Civil Veterinary Department Bihar reports 1936-40 - 1936-1940
Year: 1936
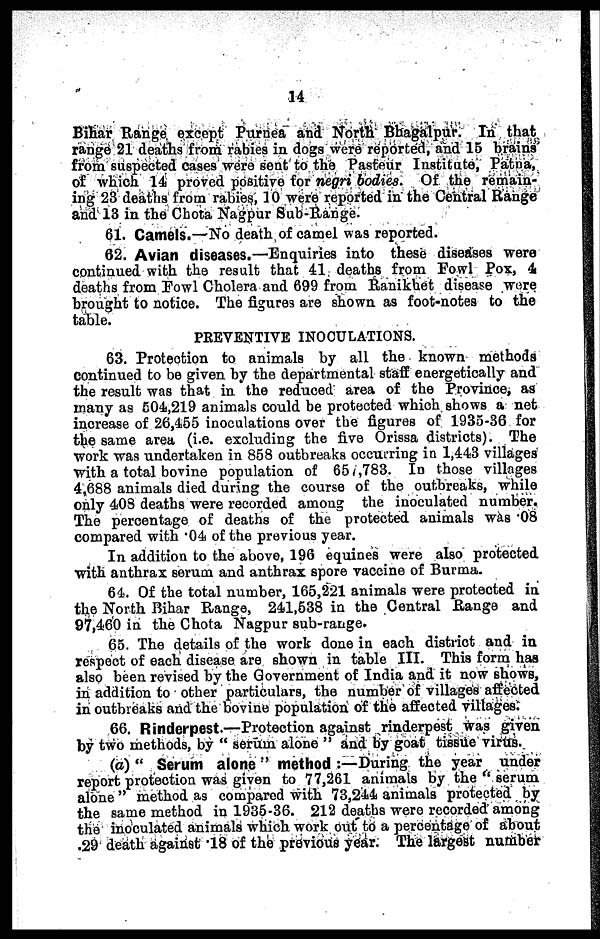
14
Bihar Range except Purnea and North Bhagalpur. In that
range 21 deaths from rabie9 in dogs were reported, and 15 brains
from suspected cases were 6ent to the Pasteur Institute, Patna,
of which 14 proved positive for negri bodies. Of the remain-
ing 23 deaths from rabies, 10 were reported in the Central Range
and 13 in the Chota Nagpur Sub-Range.
61. Camels.—No death of camel was reported.
62. Avian diseases.—Enquiries into these diseases were
continued with the result that 41 deaths from Fowl Pox, 4
deaths from Fowl Cholera and 699 from Ranikhet disease were
brought to notice. The figures are shown as foot-notes to the
table.
PREVENTIVE INOCULATIONS.
63. Protection to animals by all the known methods
continued to be given by the departmental staff energetically and
the result was that in the reduced area of the Province, as
many as 504,219 animals could be protected which shows a net
increase of 26,455 inoculations over the figures of 1935-36 for
the same area (i.e. excluding the five Orissa districts). The
work was undertaken in 85S outbreaks occurring in 1,443 villages
with a total bovine population of 657,783. In those villages
4,688 animals died during the course of the outbreaks, while
only 408 deaths were recorded among the inoculated number.
The percentage of deaths of the protected animals was 08
compared with .04 of the previous year.
In addition to the above, 196 equines were also protected
with anthrax serum and anthrax spore vaccine of Burma.
64. Of the total number, 165,221 animals were protected in
the North Bihar Range, 241,538 in the Central Range and
97,460 in the Chota Nagpur sub-range.
65. The details of the work done in each district and in
respect of each disease are shown in table III. This form has
also been revised by the Government of India and it now shows,
in addition to other particulars, the number of villages affected
in outbreaks and the bovine population of the affected villages.
66. Rinderpest.—Protection against rinderpest was given
by two methods, by "serum alone" and by goat tissue virus.
(a) "Serum alone" method :—During the year under
report protection was given to 77,261 animals by the "serum
alone" method as compared with 73,244 animals protected by
the same method in 1935-36. 212 deaths were recorded among
the inoculated animals which work out to a percentage of about
.29 death against .18 of the previous year. The largest number